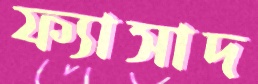
ফ্যাসাদ